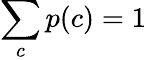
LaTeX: \sum_{c}p(c)=1